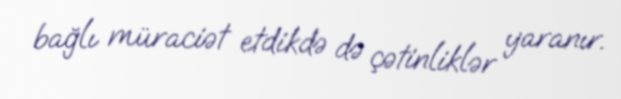
bağlı müraciət etdikdə də çətinliklər yaranır.